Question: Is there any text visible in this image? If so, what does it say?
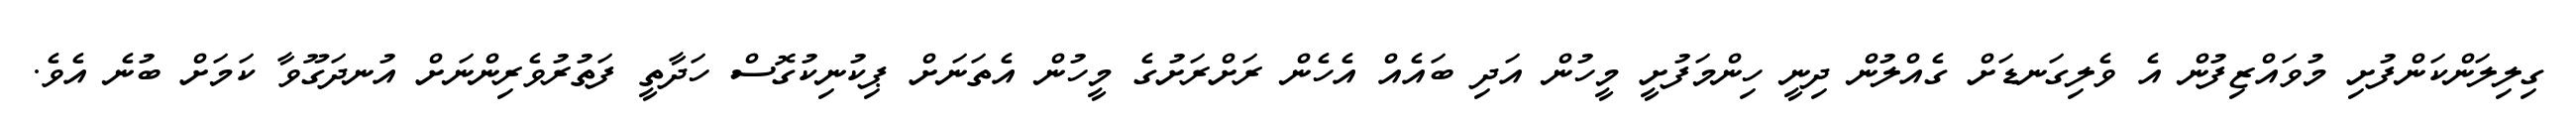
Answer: ގިލިލަންކަންފުށި މުވައްޒިފުން އެ ވެލިގަނޑަށް ގެއްލުން ދިނީ ހިންމަފުށީ މީހުން އަދި ބައެއް އެހެން ރަށްރަށުގެ މީހުން އެތަނަށް ޕިކުނިކުގޮސް ހަދާތީ ފަތުރުވެރިންނަށް އުނދަގޫވާ ކަމަށް ބުނެ އެވެ.